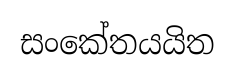
සංකේතයයිත